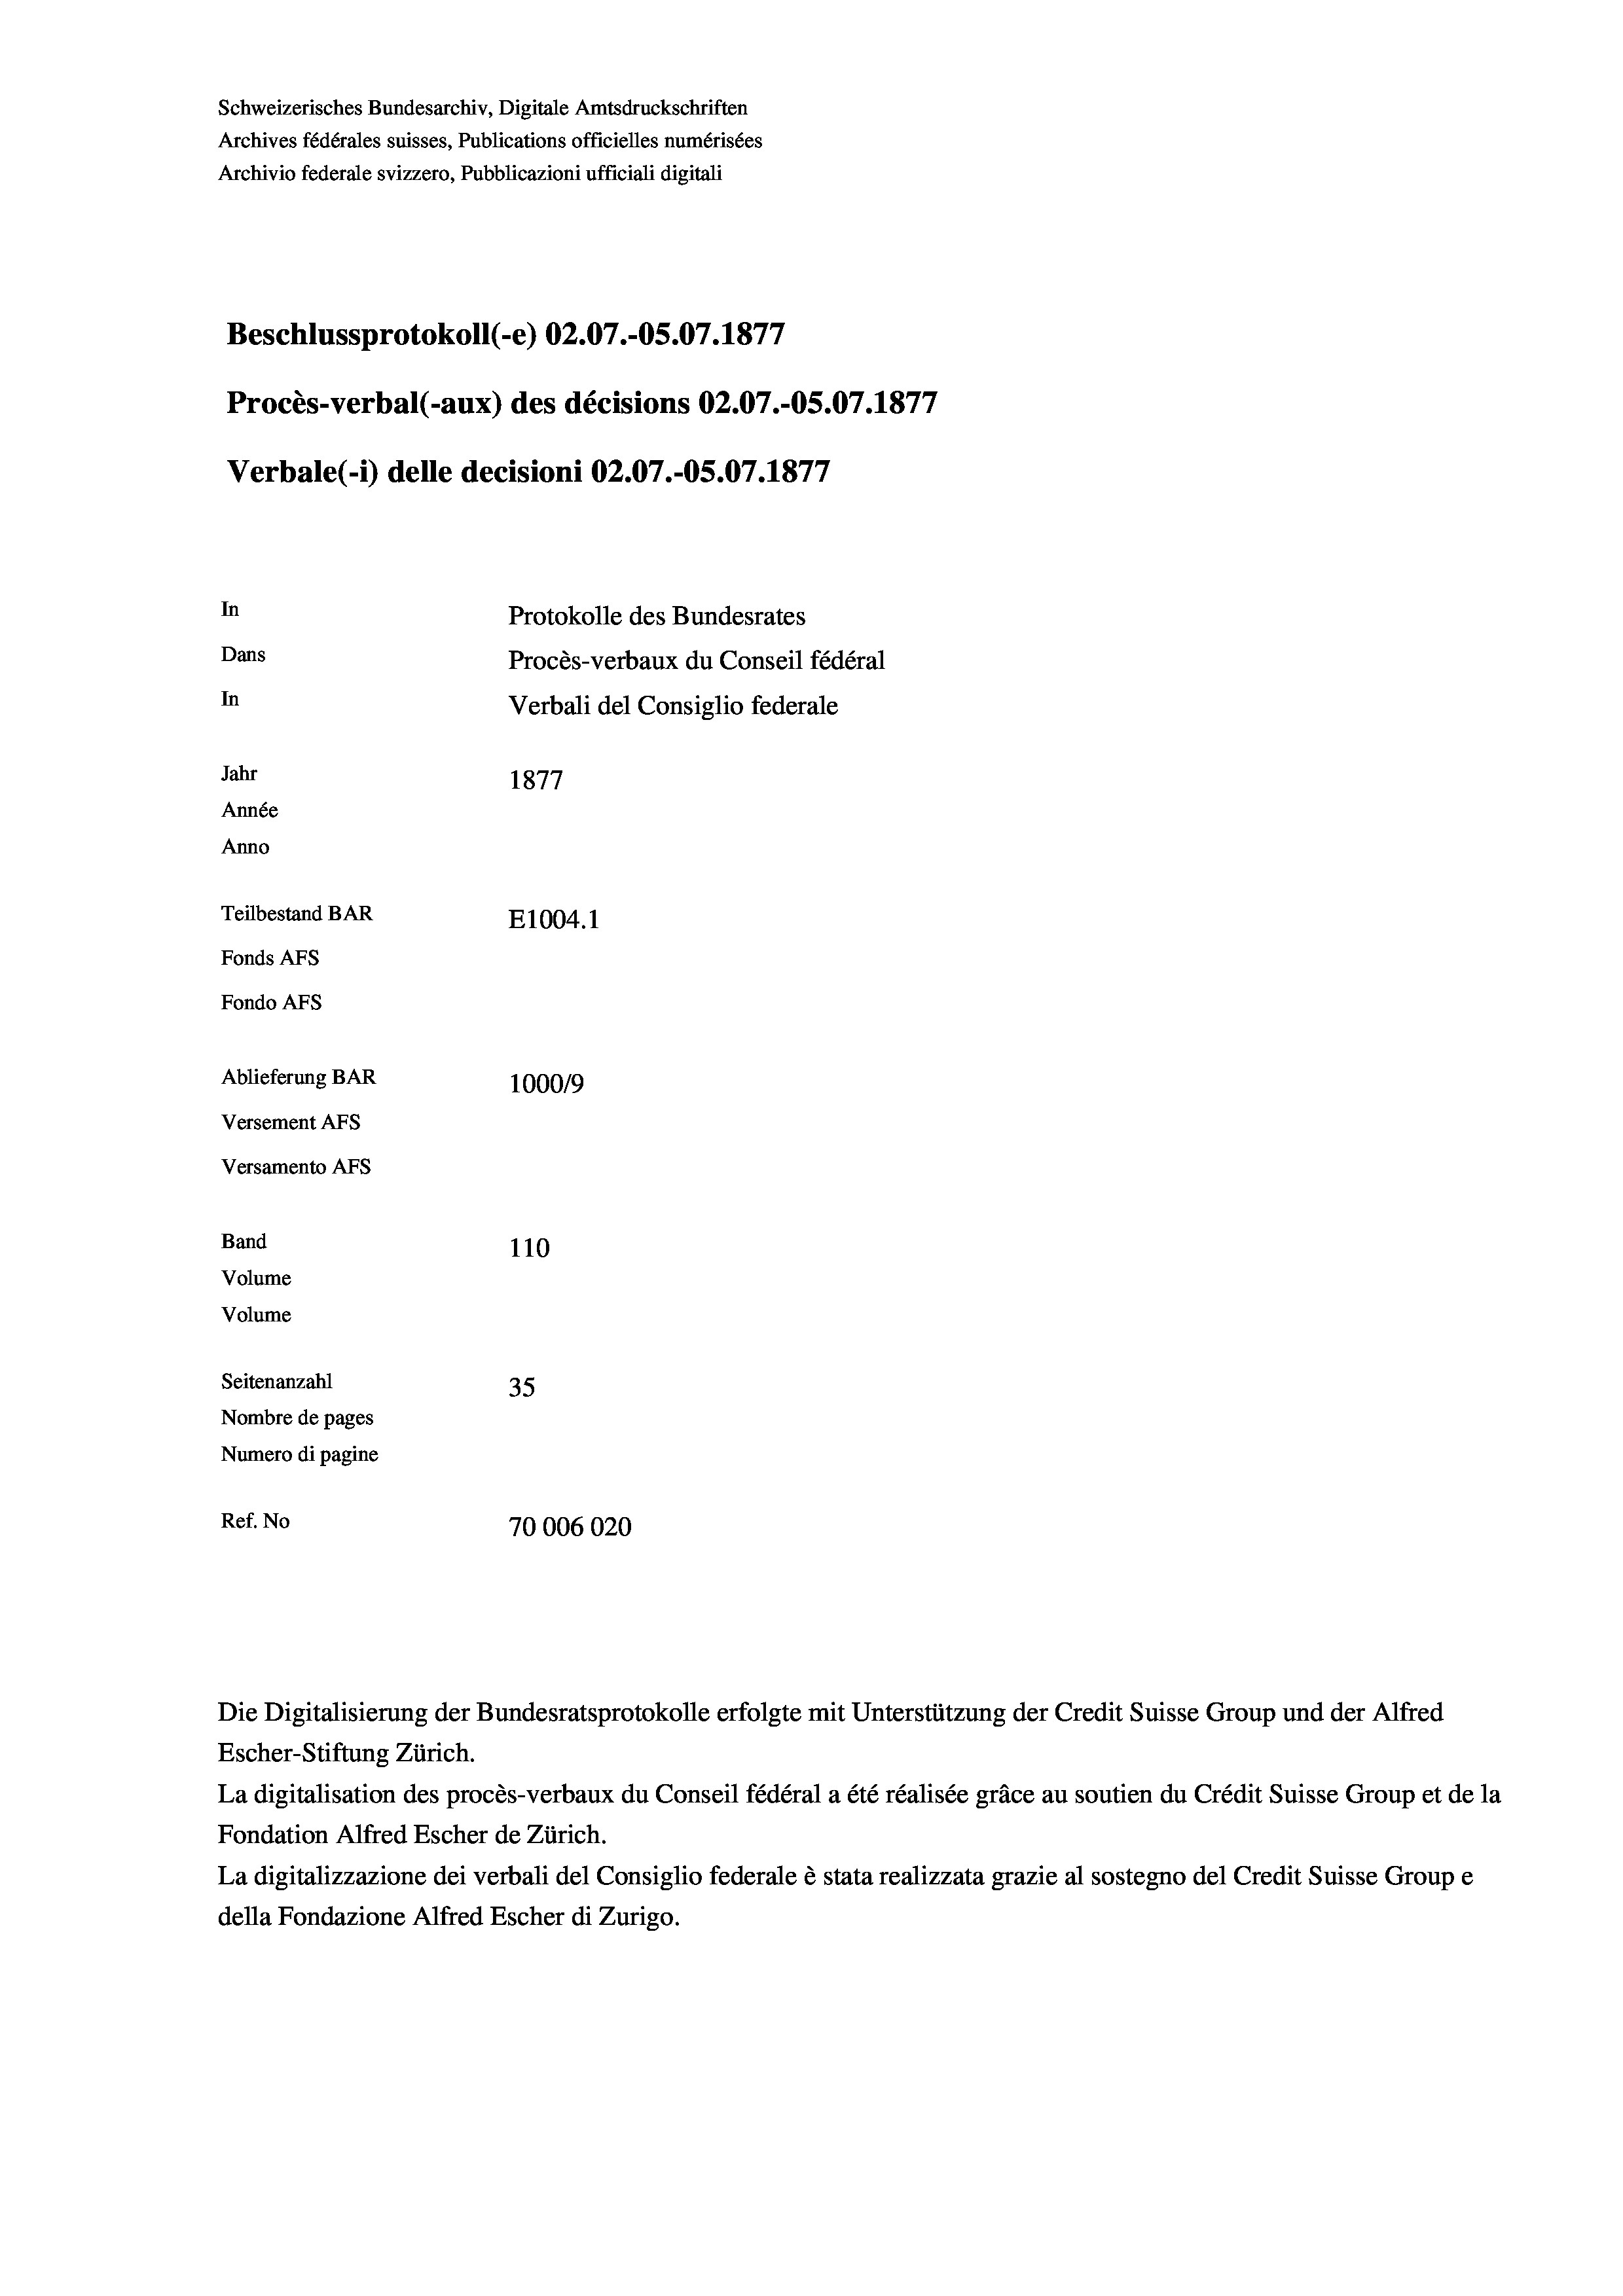
Schweizerisches Bundesarchiv, Digitale Amtsdruckschriften
Archives fédérales suisses, Publications officielles numérisées
Archivio federale svizzero, Pubblicazioni ufficiali digitali
e
Beschlussprotokoll (-e) 02.07.-OS.07. 1877
Procès-verbal (aux) des décisions 02.07.-OS.07. 1877
Verbale(*) delle decisioni 02.07.-OS.07. 1877
In
Protokolle des Bundesrates
Dans
Procès-verbaux du Conseil fédéral
In
Verbali del Consiglio federale
Jahr
1877
Année
Anno
Teilbestand BAR
E1004.1
Fonds AFs
Fondo AFs
Ablieferung BAR
100019
Versement AFs
Versamento AFs
Band
110
Volume
Volume
Seitenanzahl
35
Nombre de pages
Numero di pagine
Ref. No
70006020

Escher-Stiftung Zürich.

La digitalisation des procès-verbaux du Conseil fédéral a été réalisée gräce au soutien du Crédit Suisse Group et de la
Fondation Alfred Escher de Zürich.
La digitalizzazione dei verbali del Consiglio federale è stata realizzata grazie al sostegno del Credit Suisse Groupe
della Fondazione Alfred Escher di Zurigo.

Die Digitalisierung der Bundesratsprotokolle erfolgte mit Unterstützung der Credit Suisse Group und der Alfred